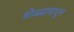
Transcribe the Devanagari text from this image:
डोळ्यांमधून